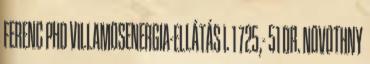
FERENC PHD VILLAMOSENERGIA-ELLÁTÁS I. 1 725,- 51 DR. NOVOTHNY